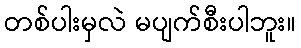
တစ်ပါးမှလဲ မပျက်စီးပါဘူး။